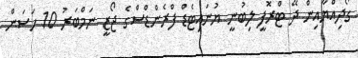
ގޯދިއްޔާއިން ދޭ ޓްރޮފީ ލިބުނީ ޔުނައިޓެޑް ފްރެންޑްސްގެ ޖޯޒީ ނަމްބަރު 10 ހަސަން